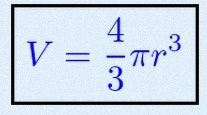
V=\frac43\pi r^3